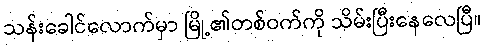
သန်းခေါင်လောက်မှာ မြို့၏တစ်ဝက်ကို သိမ်းပြီးနေလေပြီ။